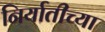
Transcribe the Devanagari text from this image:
निर्यातीच्या